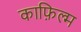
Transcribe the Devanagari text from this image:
काफ़िल्म